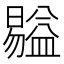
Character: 𥂺